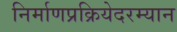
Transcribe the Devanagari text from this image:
निर्माणप्रक्रियेदरम्यान